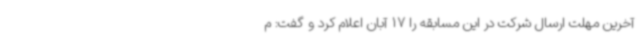
آخرین مهلت ارسال شرکت در این مسابقه را 17 آبان اعلام کرد و گفت: م